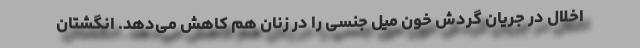
اخلال در جریان گردش خون میل جنسی را در زنان هم کاهش می‌دهد. انگشتان